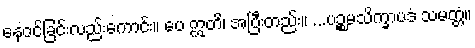
နေဝင်ခြင်းလည်းကောင်း။ ပေ ဣတိ၊ အပြီးတည်း။ ...ပဉ္စမသိက္ခာပဒံ သမတ္တံ။